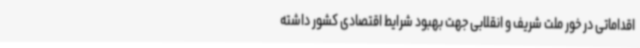
اقداماتی در خور ملت شریف و انقلابی جهت بهبود شرایط اقتصادی کشور داشته